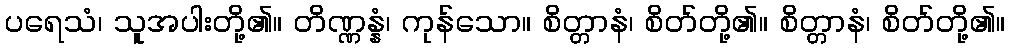
ပရေသံ၊ သူအပါးတို့၏။ တိဏ္ဏန္နံ၊ ကုန်သော။ စိတ္တာနံ၊ စိတ်တို့၏။ စိတ္တာနံ၊ စိတ်တို့၏။